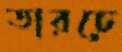
তারচে